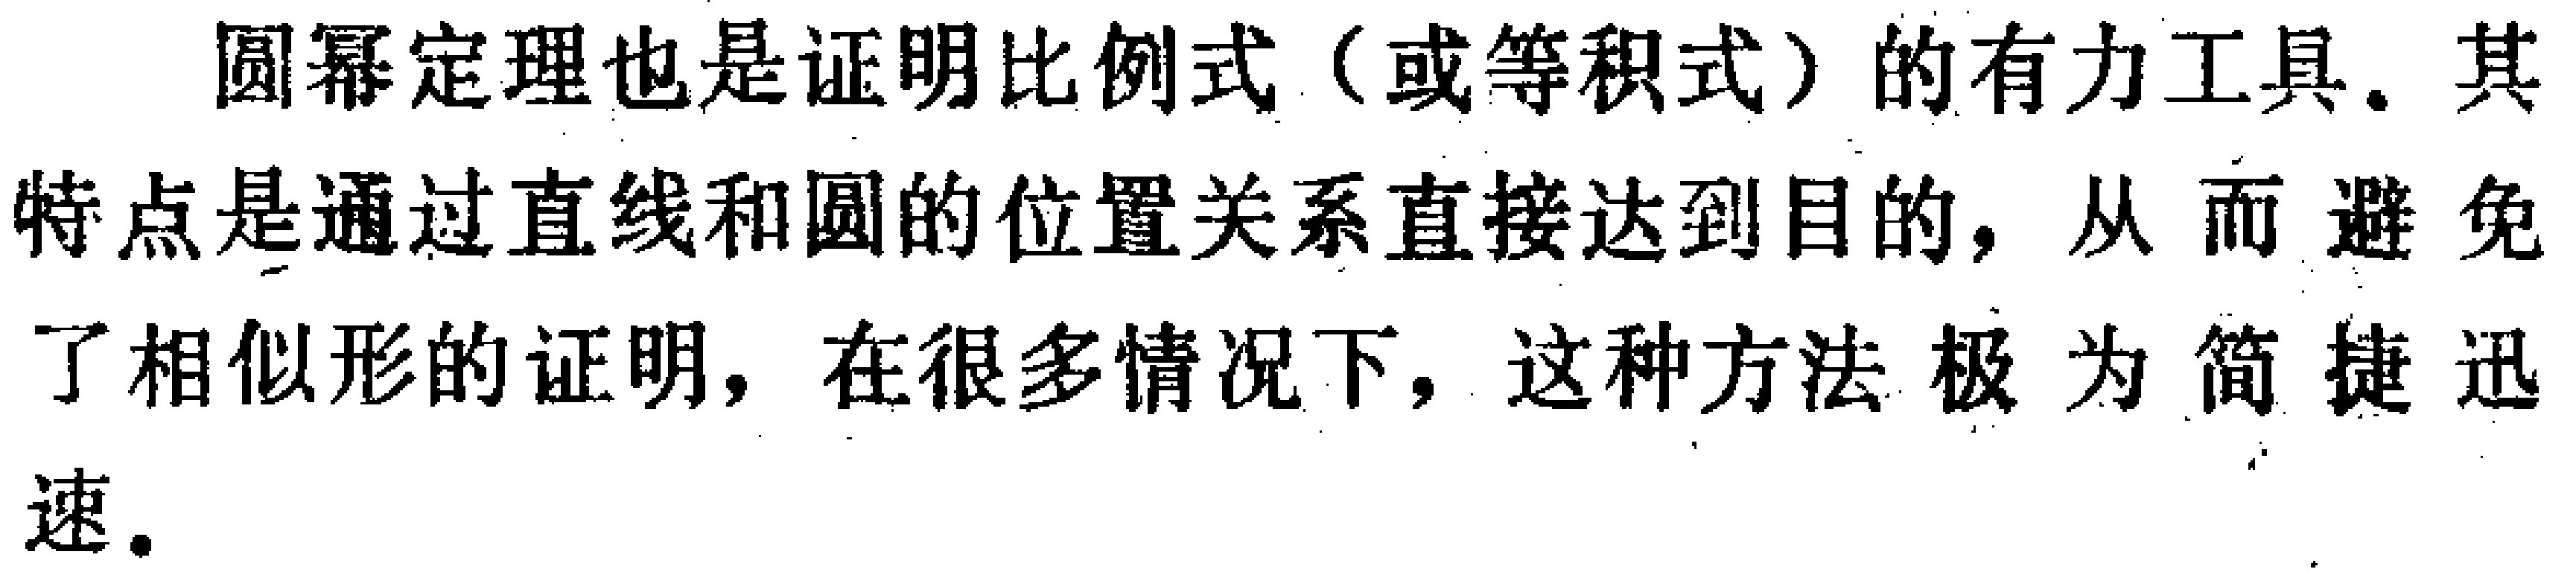
圆幂定理也是证明比例式（或等积式）的有力工具. 其特点是通过直线和圆的位置关系直接达到目的，从而避免了相似形的证明，在很多情况下，这种方法极为简捷迅速.